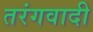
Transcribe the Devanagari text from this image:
तरंगवादी